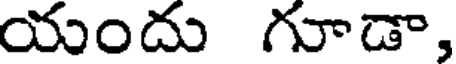
యందు గూడా,